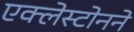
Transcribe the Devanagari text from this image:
एक्लेस्टोनने